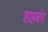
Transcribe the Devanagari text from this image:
शाहबंग